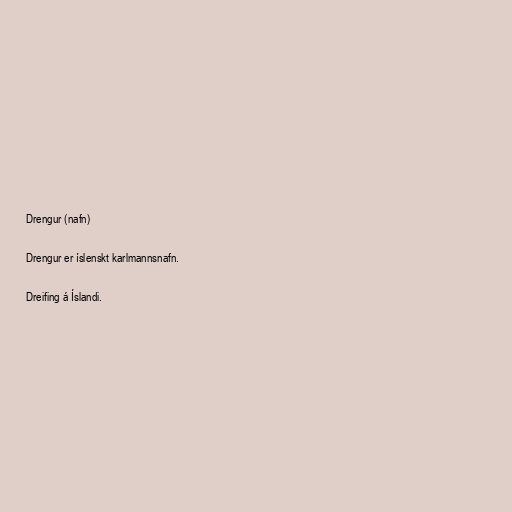
Drengur (nafn)

Drengur er íslenskt karlmannsnafn.

Dreifing á Íslandi.